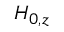
H _ { 0 , z }